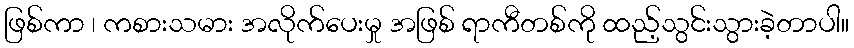
ဖြစ်ကာ ၊ ကစားသမား အလိုက်ပေးမှု အဖြစ် ရာကီတစ်ကို ထည့်သွင်းသွားခဲ့တာပါ။